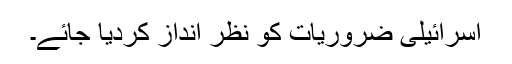
اسرائیلی ضروریات کو نظر انداز کردیا جائے۔